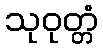
သုဝုတ္တံ